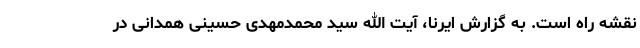
نقشه راه است. به گزارش ایرنا، آیت الله سید محمدمهدی حسینی همدانی در